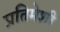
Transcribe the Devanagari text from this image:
प्रतिमेशी